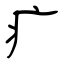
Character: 疒